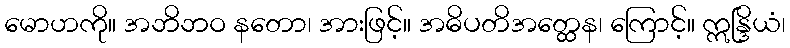
မောဟကို။ အဘိဘဝ နတော၊ အားဖြင့်။ အဓိပတိအတ္ထေန၊ ကြောင့်။ ဣန္ဒြိယံ၊